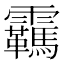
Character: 𬰕